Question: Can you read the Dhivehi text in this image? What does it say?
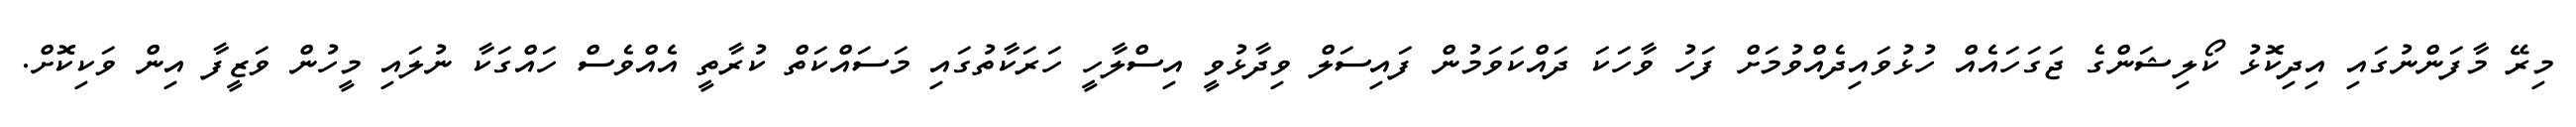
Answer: މިރޭ މާފަންނުގައި އިދިކޮޅު ކޯލިޝަންގެ ޖަގަހައެއް ހުޅުވައިދެއްވުމަށް ފަހު ވާހަކަ ދައްކަވަމުން ފައިސަލް ވިދާޅުވީ އިސްލާހީ ހަރަކާތުގައި މަސައްކަތް ކުރާތީ އެއްވެސް ހައްގަކާ ނުލައި މީހުން ވަޒީފާ އިން ވަކިކޮށް.